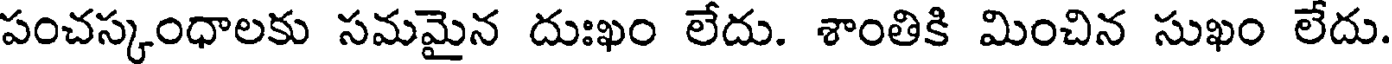
పంచస్కంధాలకు సమమైన దుఃఖం లేదు. శాంతికి మించిన సుఖం లేదు